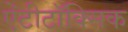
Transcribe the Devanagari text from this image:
ऐंटीटॉक्सिक